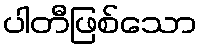
ပါတီဖြစ်သော